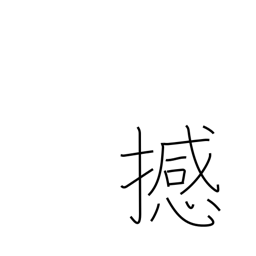
Meaning: move